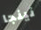
نينجا